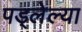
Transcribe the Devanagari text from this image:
पड्लेल्या